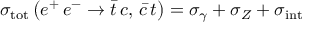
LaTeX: \sigma _ { \mathrm { t o t } } \left( e ^ { + } \, e ^ { - } \rightarrow \bar { t } \, c , \, \bar { c } \, t \right) = \sigma _ { \gamma } + \sigma _ { Z } + \sigma _ { \mathrm { i n t } }